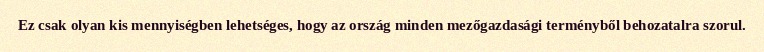
Ez csak olyan kis mennyiségben lehetséges, hogy az ország minden mezőgazdasági terményből behozatalra szorul.